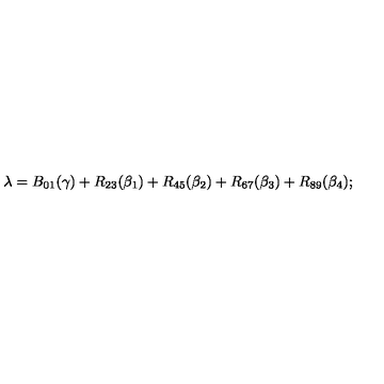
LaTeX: \lambda = B _ { 0 1 } ( \gamma ) + R _ { 2 3 } ( \beta _ { 1 } ) + R _ { 4 5 } ( \beta _ { 2 } ) + R _ { 6 7 } ( \beta _ { 3 } ) + R _ { 8 9 } ( \beta _ { 4 } ) ;